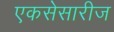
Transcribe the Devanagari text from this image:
एकसेसारीज